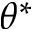
\theta ^ { * }